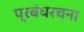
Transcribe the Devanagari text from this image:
प्रबंधरचना